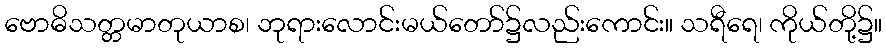
ဗောဓိသတ္တမာတုယာစ၊ ဘုရားလောင်းမယ်တော်၌လည်းကောင်း။ သရီရေ၊ ကိုယ်တို့၌။